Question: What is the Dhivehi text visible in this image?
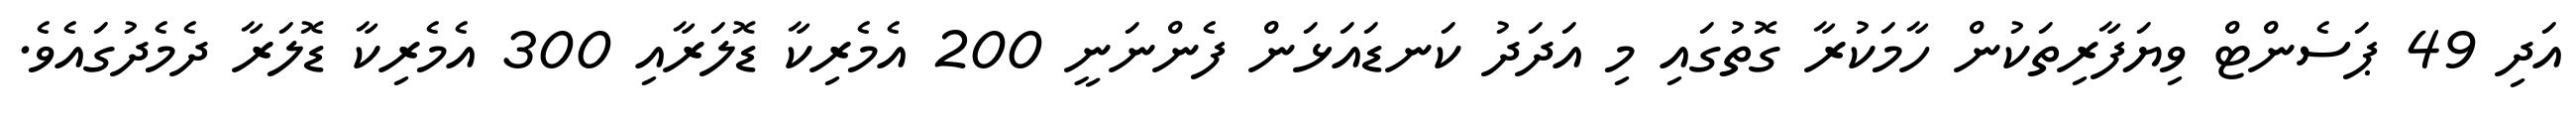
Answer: އަދި 49 ޕަސެންޓް ވިޔަފާރިތަކުން ހާމަކުރާ ގޮތުގައި މި އަދަދު ކަނޑައަޅަން ފެންނަނީ 200 އެމެރިކާ ޑޮލަރާއި 300 އެމެރިކާ ޑޮލަރާ ދެމެދުގައެވެ.